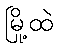
မြို့ထဲ